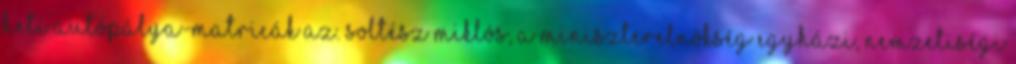
heti autópálya-matricák az. Soltész Miklós, a Miniszterelnökség egyházi, nemzetiségi